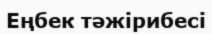
Еңбек тәжірибесі